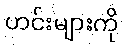
ဟင်းများကို